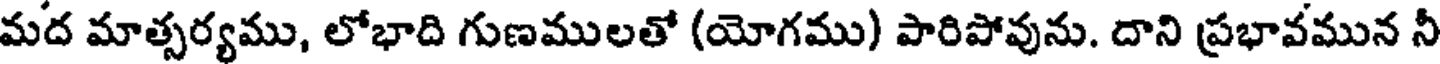
మద మాత్సర్యము, లోభాది గుణములతో (యోగము) పారిపోవును. దాని ప్రభావమున నీ